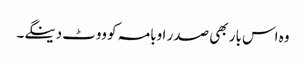
وہ اس بار بھی صدر اوبامہ کو ووٹ دینگے۔